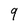
Character: 9